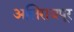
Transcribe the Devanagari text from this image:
अलिराजपूर